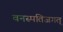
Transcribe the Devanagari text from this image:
वनस्पतिजगत्